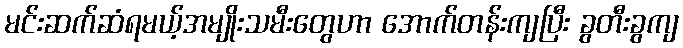
မင်းဆက်ဆံရမယ့်အမျိုးသမီးတွေဟာ အောက်တန်းကျပြီး ခွတီးခွကျ